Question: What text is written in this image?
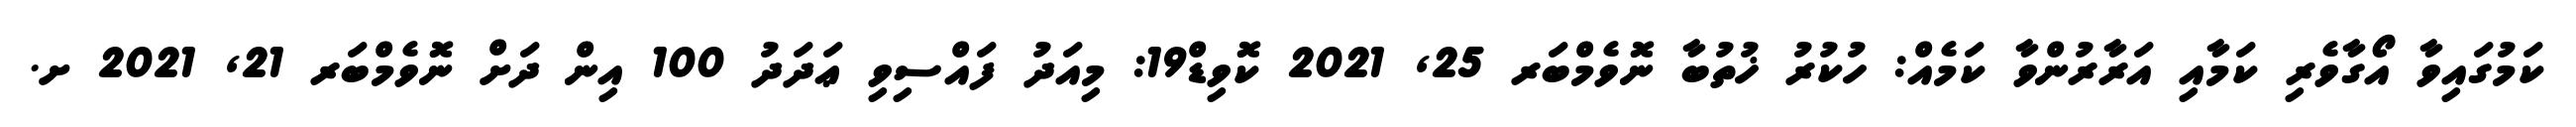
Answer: ކަމުގައިވާ އޯގާވެރި ކަމާއި އަރާރުންވާ ކަމެއް: ހުކުރު ޚުތުބާ ނޮވެމްބަރ 25, 2021 ކޮވިޑް19: މިއަދު ފައްސިވި ޢަދަދު 100 އިން ދަށް ނޮވެމްބަރ 21, 2021 ށ.